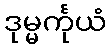
ဒုမ္မင်္ကုယံ